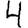
Digit: 4